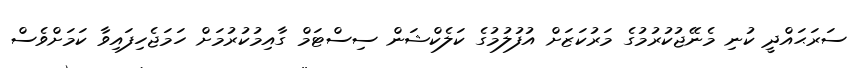
ސަރަޙައްދީ ކުނި މެނޭޖުކުރުމުގެ މަރުކަޒަށް އުފުލުމުގެ ކަލެކްޝަން ސިސްޓަމް ގާއިމުކުރުމަށް ހަމަޖެހިފައިވާ ކަމަށްވެސް